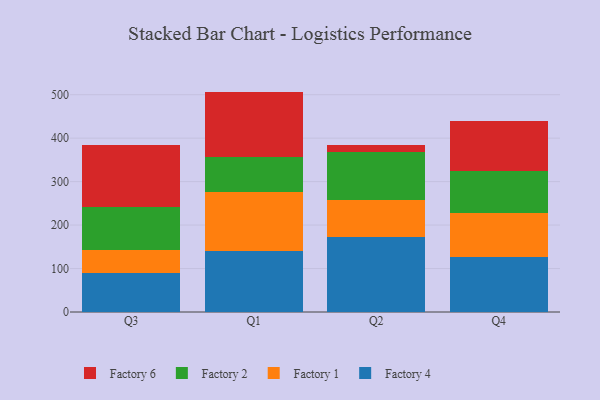
{"axis": {"x": "Quarter", "y": "Headcount"}, "legend": ["Factory 1", "Factory 2", "Factory 4", "Factory 6"], "data": [{"x": "Q3", "y": 88.8, "type": "Factory 4"}, {"x": "Q3", "y": 54.5, "type": "Factory 1"}, {"x": "Q3", "y": 98.6, "type": "Factory 2"}, {"x": "Q3", "y": 142.4, "type": "Factory 6"}, {"x": "Q1", "y": 141.3, "type": "Factory 4"}, {"x": "Q1", "y": 135.1, "type": "Factory 1"}, {"x": "Q1", "y": 80.7, "type": "Factory 2"}, {"x": "Q1", "y": 150.0, "type": "Factory 6"}, {"x": "Q2", "y": 172.0, "type": "Factory 4"}, {"x": "Q2", "y": 84.7, "type": "Factory 1"}, {"x": "Q2", "y": 110.4, "type": "Factory 2"}, {"x": "Q2", "y": 17.0, "type": "Factory 6"}, {"x": "Q4", "y": 126.2, "type": "Factory 4"}, {"x": "Q4", "y": 102.2, "type": "Factory 1"}, {"x": "Q4", "y": 96.8, "type": "Factory 2"}, {"x": "Q4", "y": 114.6, "type": "Factory 6"}]}